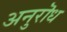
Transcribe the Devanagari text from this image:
अनुरॊध